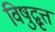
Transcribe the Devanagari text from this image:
विषुद्वृत्त